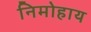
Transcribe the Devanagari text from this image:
निमोहाय